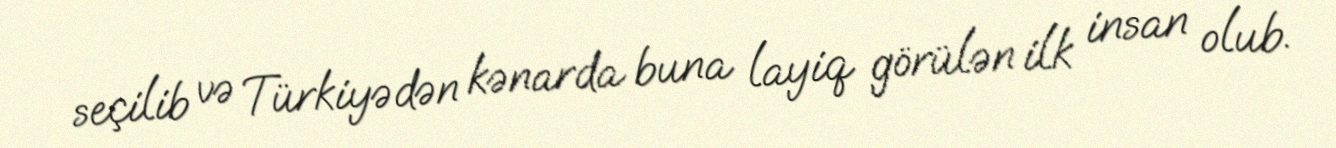
seçilib və Türkiyədən kənarda buna layiq görülən ilk insan olub.